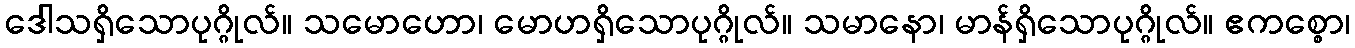
ဒေါသရှိသောပုဂ္ဂိုလ်။ သမောဟော၊ မောဟရှိသောပုဂ္ဂိုလ်။ သမာနော၊ မာန်ရှိသောပုဂ္ဂိုလ်။ ဧကစ္စော၊